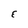
Character: E